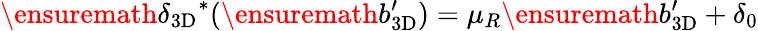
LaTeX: \ensuremath{\delta_{\mathrm{3D}}}^{*}(\ensuremath{b_{\mathrm{3D}}^{\prime}})=\mu_{R}\ensuremath{b_{\mathrm{3D}}^{\prime}}+\delta_{0}